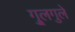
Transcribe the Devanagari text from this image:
गु्लगुले